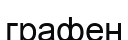
графен